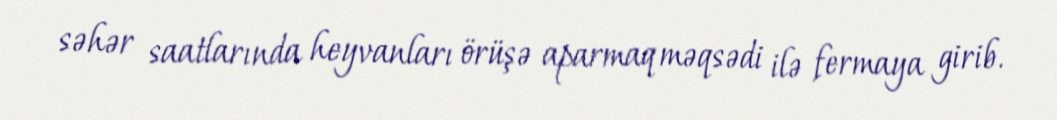
səhər saatlarında heyvanları örüşə aparmaq məqsədi ilə fermaya girib.